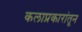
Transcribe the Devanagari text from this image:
कलाप्रकारांतून